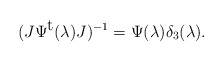
\begin{align*}(J\Psi ^{\mbox{t}}(\lambda) J)^{-1}=\Psi(\lambda ) \delta _{3}(\lambda ).\end{align*}